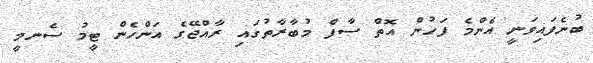
ބުނެފައިވަނީ އެންމެ ފަހުން އޮތް ސާފް މުބާރާތުގައި ރާއްޖޭގެ އަންހެން ޓީމު ސެނމީ